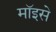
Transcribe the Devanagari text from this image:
मॉइसे